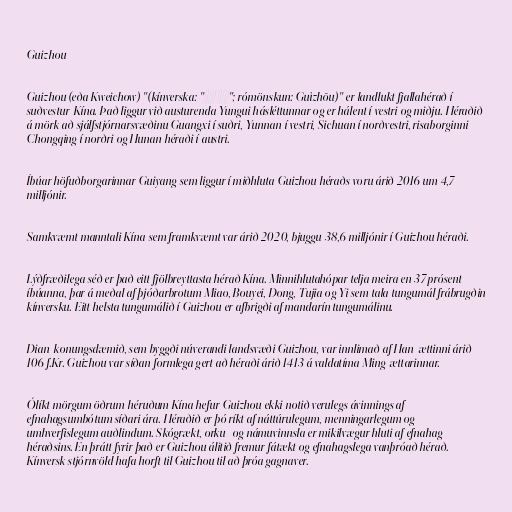
Guizhou

Guizhou (eða Kweichow) "(kínverska: "贵州"; rómönskun: Guìzhōu)" er landlukt fjallahérað í
suðvestur-Kína. Það liggur við austurenda Yungui hásléttunnar og er hálent í vestri og miðju. Héraðið
á mörk að sjálfstjórnarsvæðinu Guangxi í suðri, Yunnan í vestri, Sichuan í norðvestri, risaborginni
Chongqing í norðri og Hunan héraði í austri.

Íbúar höfuðborgarinnar Guiyang sem liggur í miðhluta Guizhou héraðs voru árið 2016 um 4,7
milljónir.

Samkvæmt manntali Kína sem framkvæmt var árið 2020, bjuggu 38,6 milljónir í Guizhou héraði.

Lýðfræðilega séð er það eitt fjölbreyttasta hérað Kína. Minnihlutahópar telja meira en 37 prósent
íbúanna, þar á meðal af þjóðarbrotum Miao, Bouyei, Dong, Tujia og Yi sem tala tungumál frábrugðin
kínversku. Eitt helsta tungumálið í Guizhou er afbrigði af mandarín tungumálinu.

Dian-konungsdæmið, sem byggði núverandi landsvæði Guizhou, var innlimað af Han-ættinni árið
106 f.Kr. Guizhou var síðan formlega gert að héraði árið 1413 á valdatíma Ming-ættarinnar.

Ólíkt mörgum öðrum héruðum Kína hefur Guizhou ekki notið verulegs ávinnings af
efnahagsumbótum síðari ára. Héraðið er þó ríkt af náttúrulegum, menningarlegum og
umhverfislegum auðlindum. Skógrækt, orku- og námuvinnsla er mikilvægur hluti af efnahag
héraðsins. En þrátt fyrir það er Guizhou álitið fremur fátækt og efnahagslega vanþróað hérað.
Kínversk stjórnvöld hafa horft til Guizhou til að þróa gagnaver.